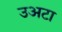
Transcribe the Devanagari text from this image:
उअटा